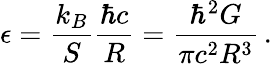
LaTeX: \epsilon=\frac{k_{B}}{S}\frac{\hbar c}{R}=\frac{\hbar^{2}G}{\pi c^{2}R^{3}}\, .